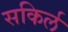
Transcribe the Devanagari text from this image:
सकिर्ल